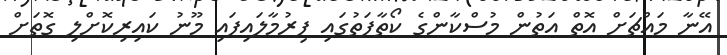
އޭނާ މައްޗަށް އޮތް އަތުން މުސްކާންގެ ކޯތާފަތުގައި ފިރުމާލައިފައި މޫނު ކައިރިކޮށްލި ގޮތަށް